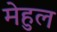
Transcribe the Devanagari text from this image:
मेहुल